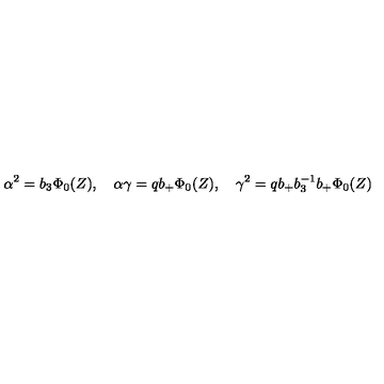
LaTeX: \alpha ^ { 2 } = b _ { 3 } \Phi _ { 0 } ( Z ) , \quad \alpha \gamma = q b _ { + } \Phi _ { 0 } ( Z ) , \quad \gamma ^ { 2 } = q b _ { + } b _ { 3 } ^ { - 1 } b _ { + } \Phi _ { 0 } ( Z )